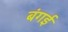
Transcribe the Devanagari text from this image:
बंगई